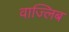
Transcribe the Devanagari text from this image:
वाज्लिब